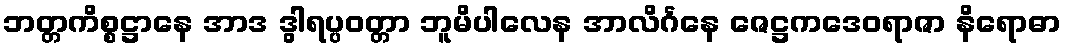
ဘတ္တကိစ္စဋ္ဌာနေ အာဒ ဒွါရပ္ပဝတ္တာ ဘူမိပါလေန အာလိင်္ဂနေ ဇေဋ္ဌကဒေဝရာဇာ နိရောဓာ